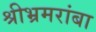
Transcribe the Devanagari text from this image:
श्रीभ्रमरांबा